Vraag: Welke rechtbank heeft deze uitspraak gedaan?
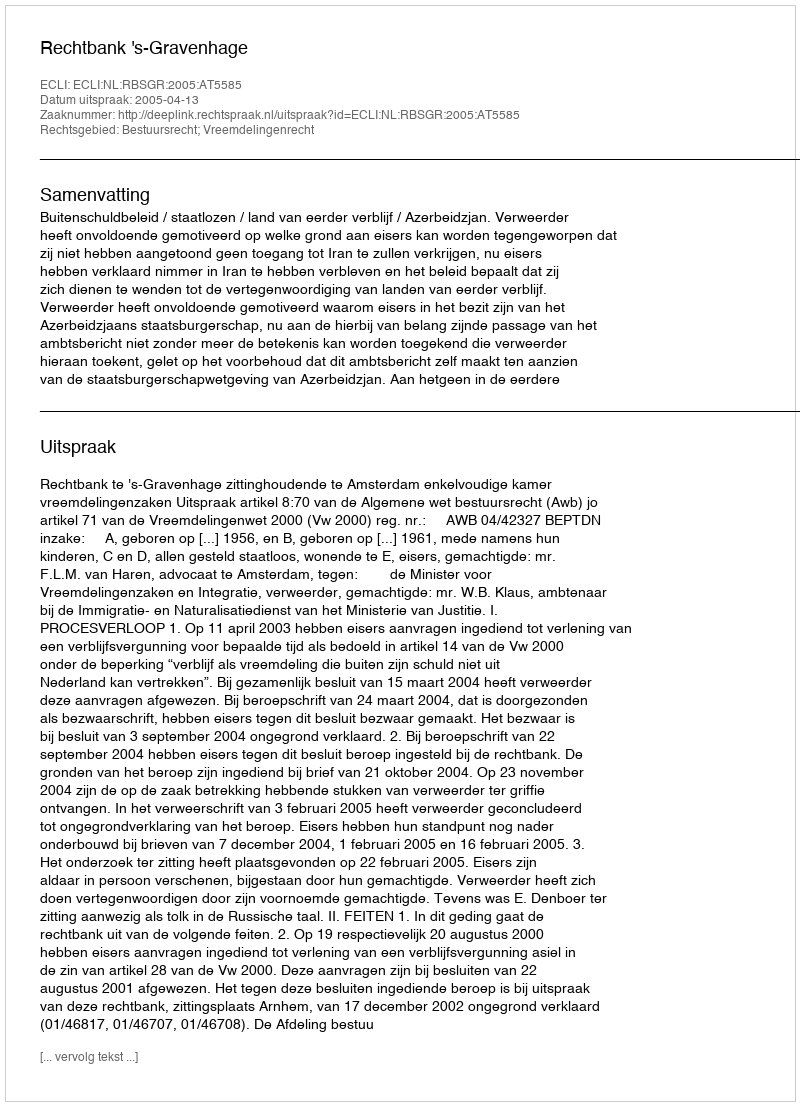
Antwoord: Rechtbank 's-Gravenhage